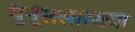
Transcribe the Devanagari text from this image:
युनूससारख्या